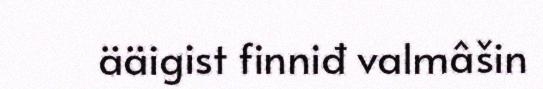
ääigist finniđ valmâšin